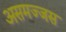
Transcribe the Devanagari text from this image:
असमज्जस